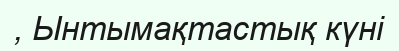
, Ынтымақтастық күні